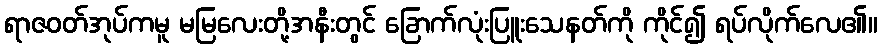
ရာဇဝတ်အုပ်ကမူ မမြလေးတို့အနီးတွင် ခြောက်လုံးပြူးသေနတ်ကို ကိုင်၍ ရပ်လိုက်လေ၏။